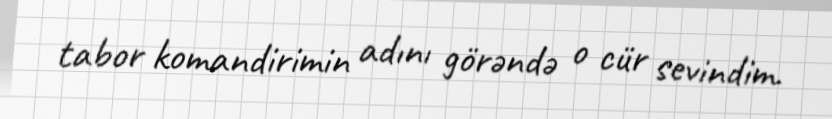
tabor komandirimin adını görəndə o cür sevindim.